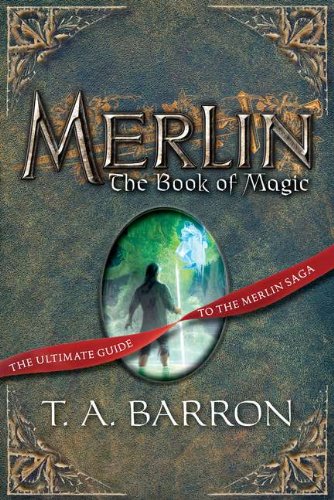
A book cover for Merlin: The Book of Magic, Book 12; T. A. Barron; Children's Books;